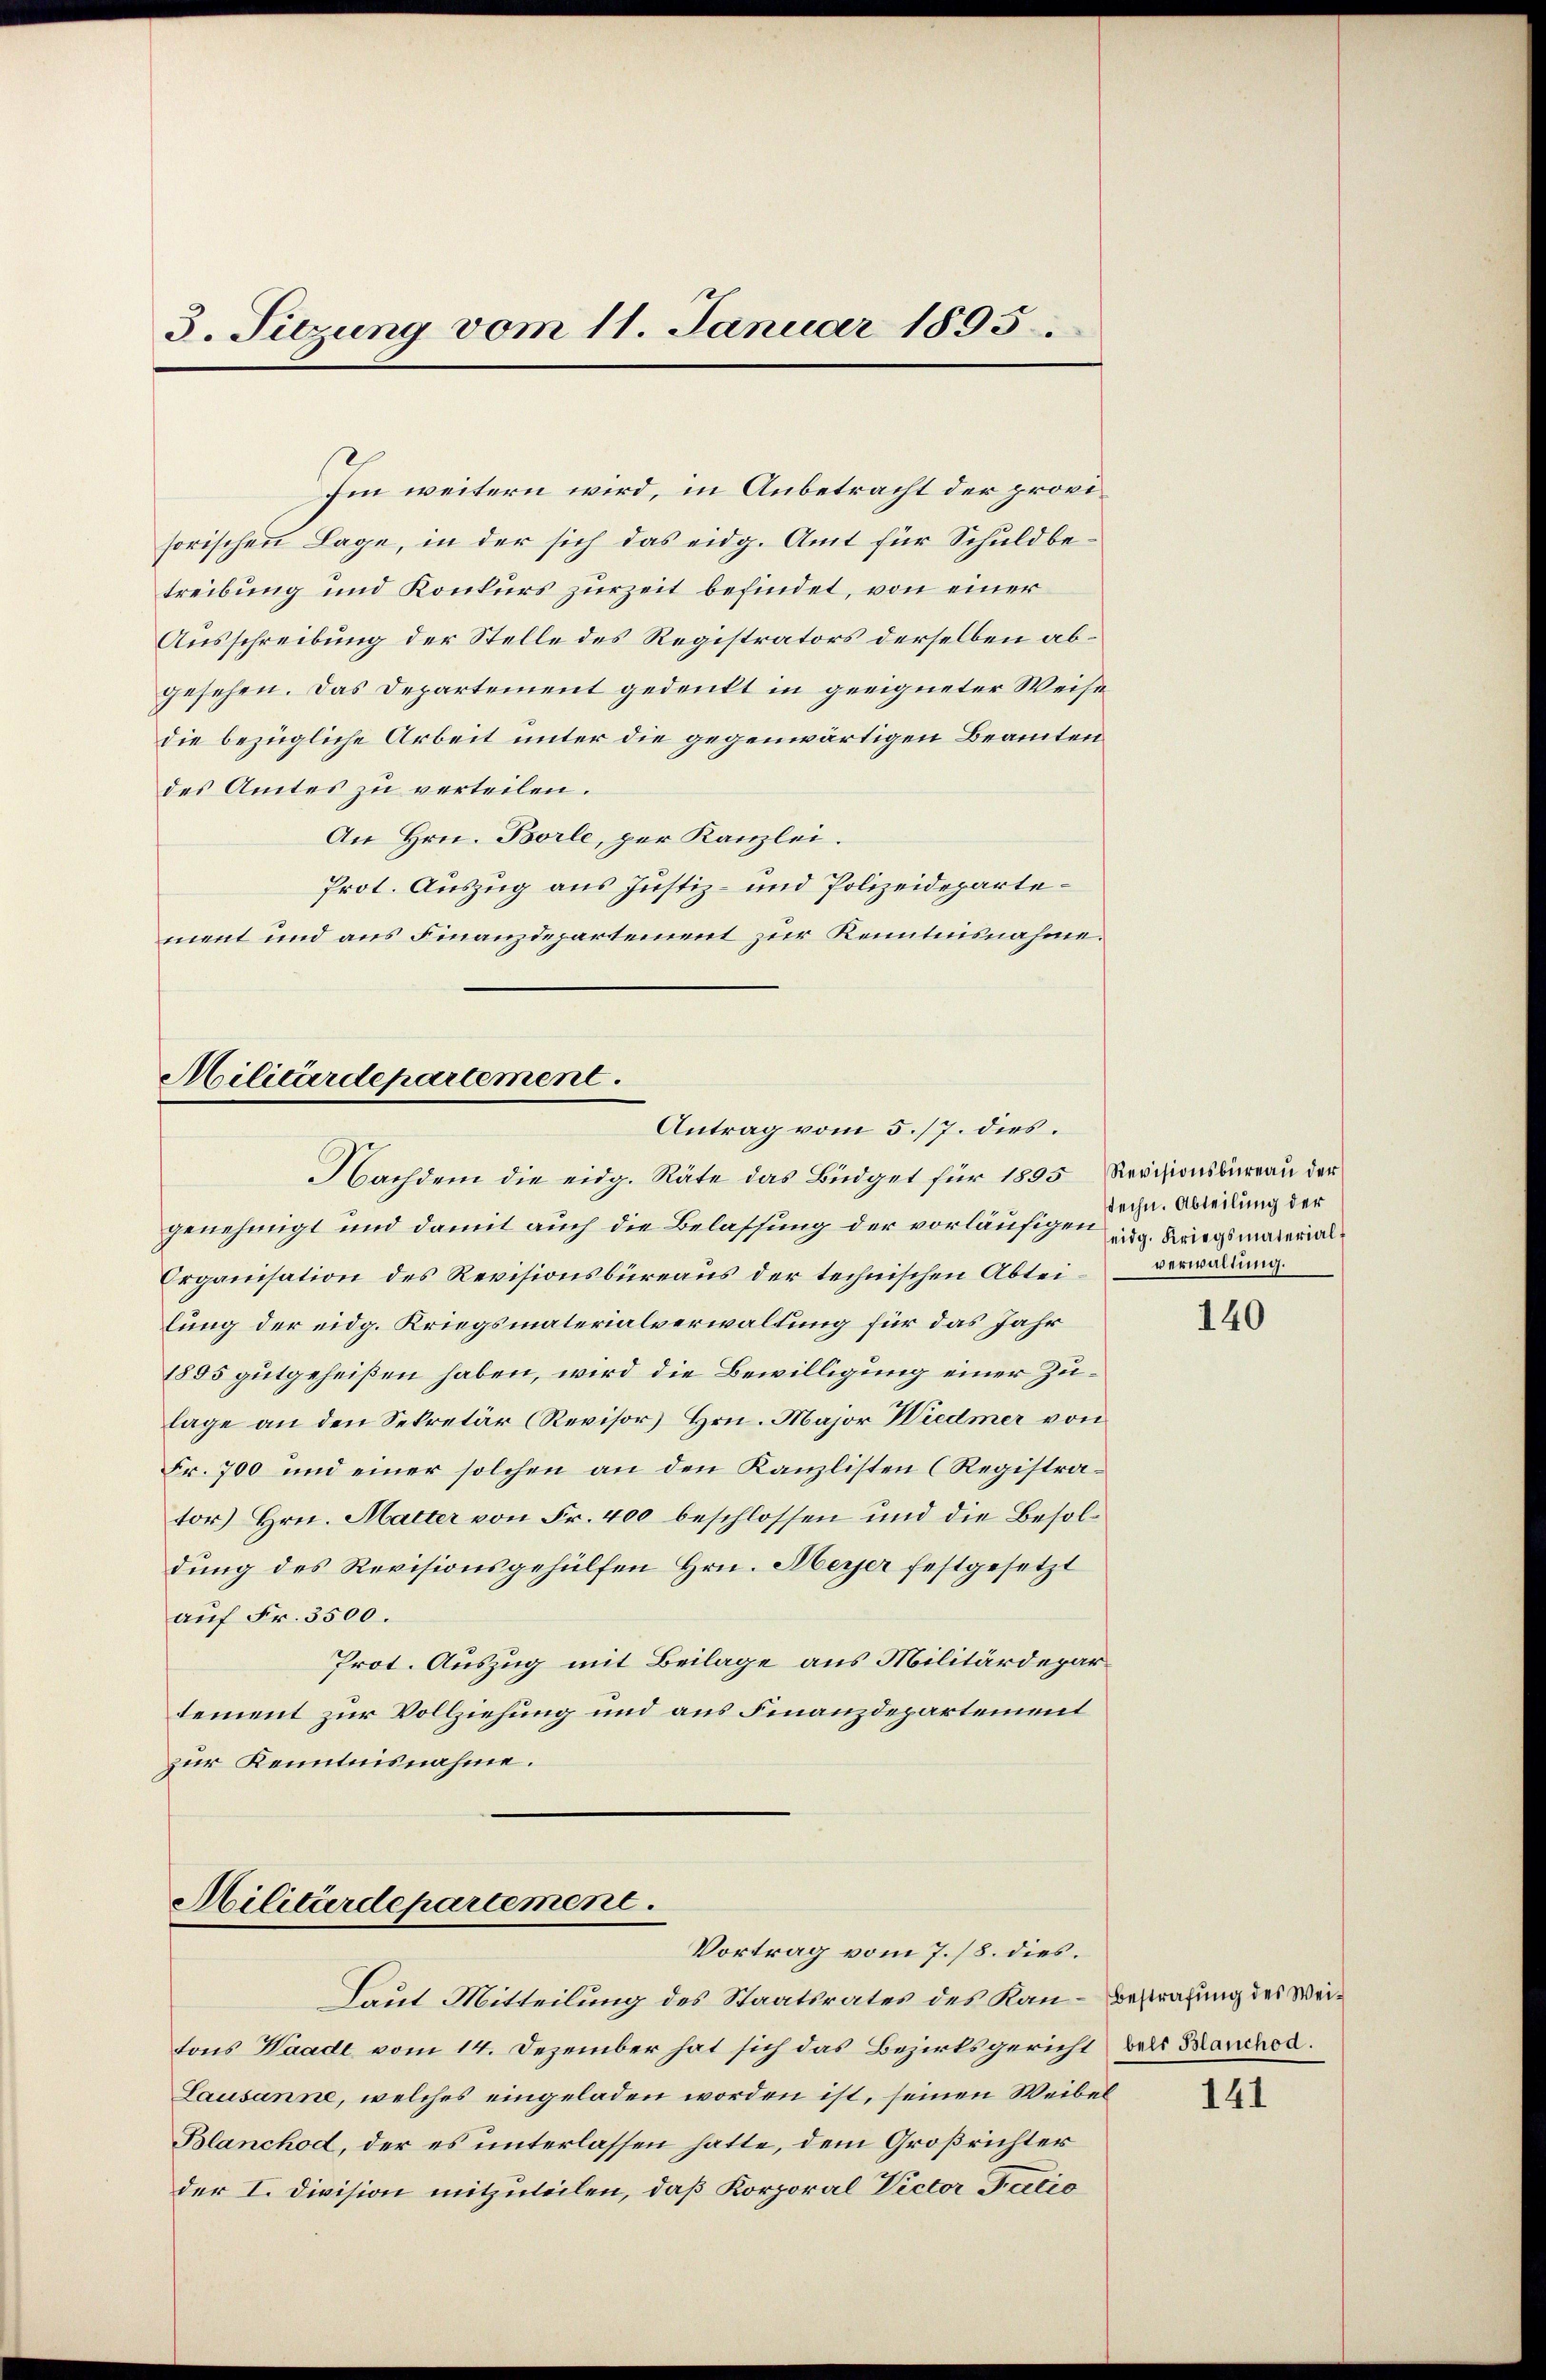
3. Sitzung vom 11. Januar 1895.

Im weitern wird, in Anbetracht der provisorischen Lage, in der sich das eidg. Amt für Schuldbetreibung und Konkurs zurzeit befindet, von einer
Ausschreibung der Stelle des Registrators derselben abgesehen. Das Departement gedenkt in geeigneter Weise
die bezügliche Arbeit unter die gegenwärtigen Beamten
des Amtes zu verteilen.
An Hrn. Borle, per Kanzlei.
Prot. Auszug aus Justiz- und Polizeidepartement und aus Finanzdepartement zur Kenntnisnahme.

Militärdepartement.
Antrag vom 5./7. dies.

genehmigt und damit auch die Belassung der vorläufigen ag. Rangsmaterial¬
Organisation des Revisionsbüreaus der technischen Abtei- verwaltung.
lung der eidg. Kriegsmaterialverwaltung für das Jahr
1895 gutgeheißen haben, wird die Bewilligung einer Zulage an den Sekretär (Revisor Hrn. Major Wiedmer von
Fr. 700 und einer solchen an den Kanzlisten (Registrator) Hrn. Halter von Fr. 400 beschlossen und die Besoldung des Revisionsgehülfen Hrn. Abeyer festgesetzt
auf Fr. 3500.
Prot. Auszug mit Beilage aus Militärdepartement zur Vollziehung und aus Finanzdepartement
zur Kenntnisnahme.

Militärdepartement
Vortrag vom 7./8. dies.

Nachdem die eidg. Räte das Büdget für 1895 Revisionsbüreau der

Laut Mitteilung des Staatsrates des Kan- Bestrafung des Weitons Waadt vom 14. Dezember hat sich das Bezirksgericht des Bauchen.
Lausanne, welches eingeladen worden ist, seinen Weibel
Blanchod, der es unterlassen hatte, dem Großrichter
der I. Division mitzuteilen, daß Korporal Victor Tatio

stechn. Abteilung der

140

141